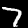
Label: 7